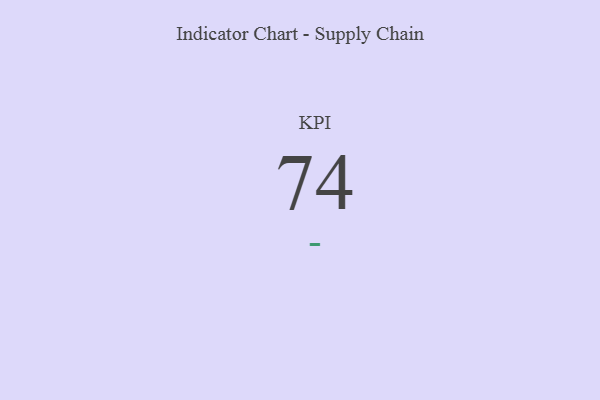
{"axis": {"x": "KPI", "y": "Value"}, "legend": [""], "data": [{"x": "KPI", "y": 74, "type": ""}]}